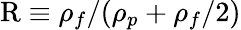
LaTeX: \textrm{R}\equiv\rho_{f}/(\rho_{p}+\rho_{f}/2)